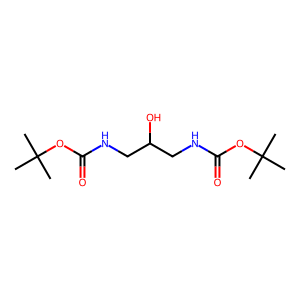
SMILES: CC(C)(C)OC(=O)NCC(O)CNC(=O)OC(C)(C)C
Inhibits HIV replication: No